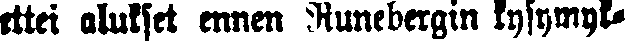
ettei alukset ennen Runebergin kysymyk-